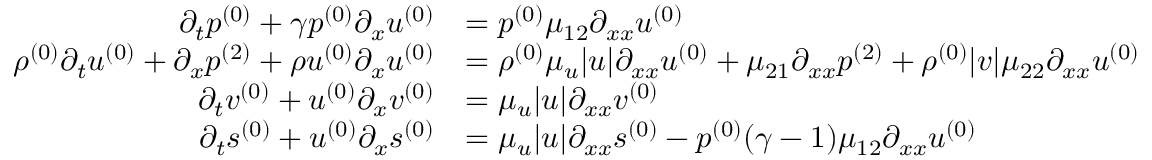
\begin{array} { r l } { \partial _ { t } \ensuremath { p ^ { ( 0 ) } } + \gamma \ensuremath { p ^ { ( 0 ) } } \partial _ { x } \ensuremath { u ^ { ( 0 ) } } } & { = \ensuremath { p ^ { ( 0 ) } } \mu _ { 1 2 } \partial _ { x x } \ensuremath { u ^ { ( 0 ) } } } \\ { \ensuremath { \rho ^ { ( 0 ) } } \partial _ { t } \ensuremath { u ^ { ( 0 ) } } + \partial _ { x } \ensuremath { p ^ { ( 2 ) } } + \ensuremath { \rho u ^ { ( 0 ) } } \partial _ { x } \ensuremath { u ^ { ( 0 ) } } } & { = \ensuremath { \rho ^ { ( 0 ) } } \mu _ { u } | u | \partial _ { x x } \ensuremath { u ^ { ( 0 ) } } + \mu _ { 2 1 } \partial _ { x x } \ensuremath { p ^ { ( 2 ) } } + \ensuremath { \rho ^ { ( 0 ) } } | v | \mu _ { 2 2 } \partial _ { x x } \ensuremath { u ^ { ( 0 ) } } } \\ { \partial _ { t } \ensuremath { v ^ { ( 0 ) } } + \ensuremath { u ^ { ( 0 ) } } \partial _ { x } \ensuremath { v ^ { ( 0 ) } } } & { = \mu _ { u } | u | \partial _ { x x } \ensuremath { v ^ { ( 0 ) } } } \\ { \partial _ { t } \ensuremath { s ^ { ( 0 ) } } + \ensuremath { u ^ { ( 0 ) } } \partial _ { x } \ensuremath { s ^ { ( 0 ) } } } & { = \mu _ { u } | u | \partial _ { x x } \ensuremath { s ^ { ( 0 ) } } - \ensuremath { p ^ { ( 0 ) } } ( \gamma - 1 ) \mu _ { 1 2 } \partial _ { x x } \ensuremath { u ^ { ( 0 ) } } } \end{array}